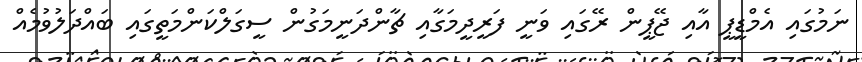
ނަމުގައި އެމްޑީޕީ އާއި ޖޭޕީން ރޭގައި ވަނީ ފަރީދީމަގާއި ޗާންދަނީމަގުން ސީގަލްކަންމަތީގައި ބައްދަލުވުމެއް